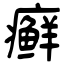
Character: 癣